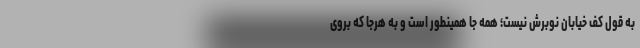
به قول کف خیابان نوبرش نیست؛ همه جا همینطور است و به هرجا که بروی